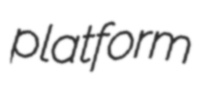
platform